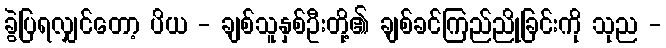
ခွဲပြရလျှင်တော့ ပိယ - ချစ်သူနှစ်ဦးတို့၏ ချစ်ခင်ကြည်ညိုခြင်းကို သုည -